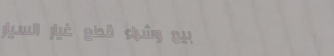
بيع وشراء قطع غيار السيار